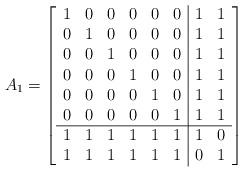
LaTeX: \begin{align*}A_{1}=\left[\begin{array}{cccccc|cc}1 & 0 & 0 & 0 & 0 & 0 & 1 & 1 \\0 & 1 & 0 & 0 & 0 & 0 & 1 & 1 \\0 & 0 & 1 & 0 & 0 & 0 & 1 & 1 \\0 & 0 & 0 & 1 & 0 & 0 & 1 & 1 \\0 & 0 & 0 & 0 & 1 & 0 & 1 & 1 \\0 & 0 & 0 & 0 & 0 & 1 & 1 & 1 \\ \hline1 & 1 & 1 & 1 & 1 & 1 & 1 & 0 \\1 & 1 & 1 & 1 & 1 & 1 & 0 & 1\end{array}\right] \end{align*}